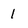
Character: 1